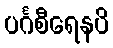
ပင်္ဂစီရေနပိ